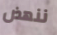
ننهض